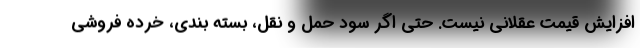
افزایش قیمت عقلانی نیست. حتی اگر سود حمل و نقل، بسته بندی، خرده فروشی